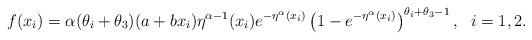
LaTeX: \begin{align*}f(x_{i})=\alpha (\theta _{i}+\theta _{3})(a+bx_{i})\eta ^{\alpha-1}(x_{i})e^{-\eta ^{\alpha }(x_{i})}\left( 1-e^{-\eta ^{\alpha}(x_{i})}\right) ^{\theta _{i}+\theta _{3}-1},\ \ i=1,2. \end{align*}